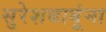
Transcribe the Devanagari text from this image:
सुरेशबाबूंना